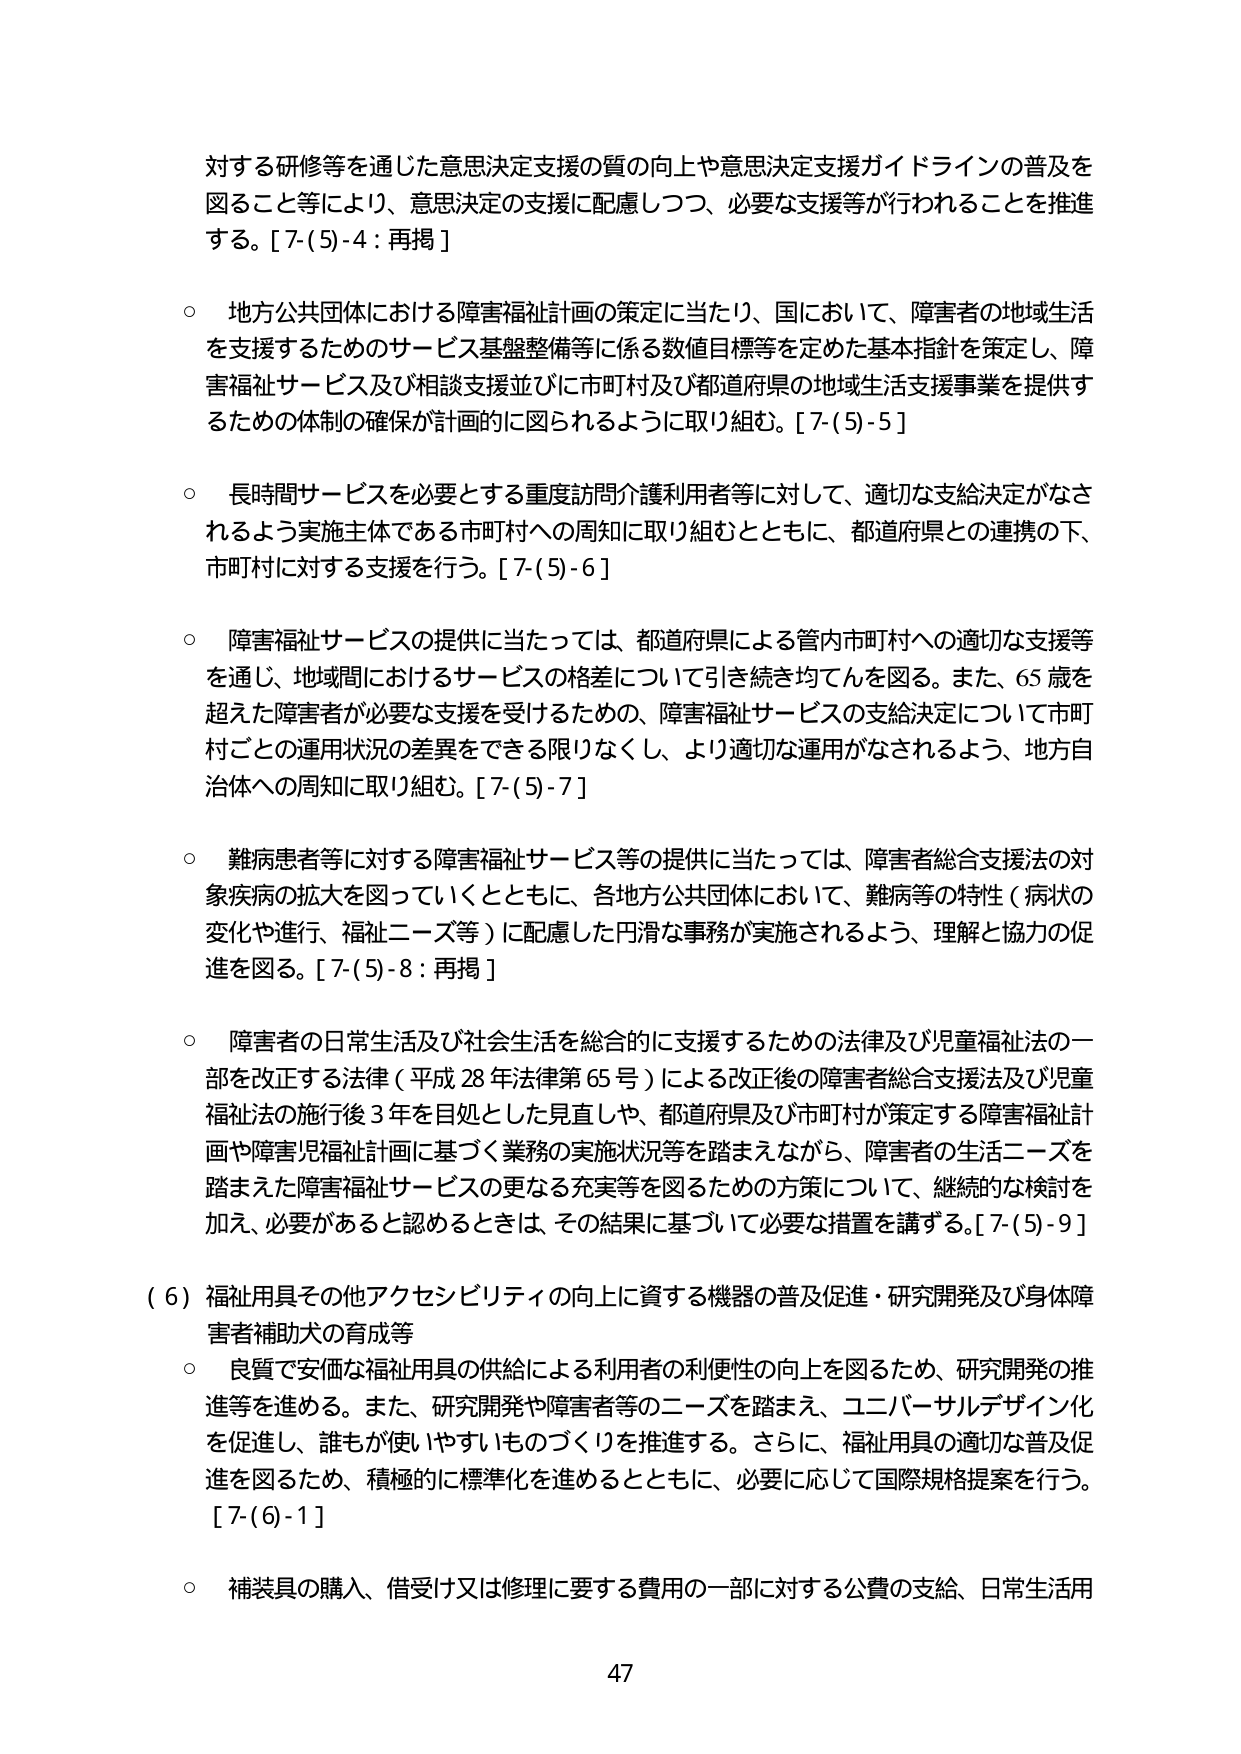
対する研修等を通じた意思決定支援の質の向上や意思決定支援ガイドラインの普及を
図ること等により、意思決定の支援に配慮しつつ、必要な支援等が行われることを推進
する。[7-(5)-4：再掲]

○ 地方公共団体における障害福祉計画の策定に当たり、国において、障害者の地域生活
を支援するためのサービス基盤整備等に係る数値目標等を定めた基本指針を策定し、障
害福祉サービス及び相談支援並びに市町村及び都道府県の地域生活支援事業を提供す
るための体制の確保が計画的に図られるように取り組む。[7-(5)-5]

○ 長時間サービスを必要とする重度訪問介護利用者等に対して、適切な支給決定がなさ
れるよう実施主体である市町村への周知に取り組むとともに、都道府県との連携の下、
市町村に対する支援を行う。[7-(5)-6]

○ 障害福祉サービスの提供に当たっては、都道府県による管内市町村への適切な支援等
を通じ、地域間におけるサービスの格差について引き続き均てんを図る。また、65歳を
超えた障害者が必要な支援を受けるための、障害福祉サービスの支給決定について市町
村ごとの運用状況の差異をできる限りなくし、より適切な運用がなされるよう、地方自
治体への周知に取り組む。[7-(5)-7]

○ 難病患者等に対する障害福祉サービス等の提供に当たっては、障害者総合支援法の対
象疾病の拡大を図っていくとともに、各地方公共団体において、難病等の特性（病状の
変化や進行、福祉ニーズ等）に配慮した円滑な事務が実施されるよう、理解と協力の促
進を図る。[7-(5)-8：再掲]

○ 障害者の日常生活及び社会生活を総合的に支援するための法律及び児童福祉法の一
部を改正する法律（平成28年法律第65号）による改正後の障害者総合支援法及び児童
福祉法の施行後3年を目処とした見直しや、都道府県及び市町村が策定する障害福祉計
画や障害児福祉計画に基づく業務の実施状況等を踏まえながら、障害者の生活ニーズを
踏まえた障害福祉サービスの更なる充実等を図るための方策について、継続的な検討を
加え、必要があると認めるときは、その結果に基づいて必要な措置を講ずる。[7-(5)-9]

（6）福祉用具その他アクセシビリティの向上に資する機器の普及促進・研究開発及び身体障
害者補助犬の育成等

○ 良質で安価な福祉用具の供給による利用者の利便性の向上を図るため、研究開発の推
進等を進める。また、研究開発や障害者等のニーズを踏まえ、ユニバーサルデザイン化
を促進し、誰もが使いやすいものづくりを推進する。さらに、福祉用具の適切な普及促
進を図るため、積極的に標準化を進めるとともに、必要に応じて国際規格提案を行う。
[7-(6)-1]

○ 補装具の購入、借受け又は修理に要する費用の一部に対する公費の支給、日常生活用

47